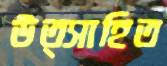
উত্সাহিত